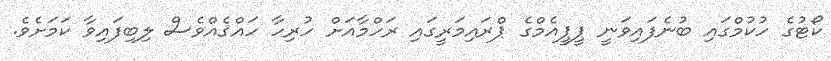
ކޯޓުގެ ހުކުމްގައި ބުނެފައިވަނީ ޕީޕީއެމްގެ ޕްރައިމަރީގައި ރަހްމާއަށް ހުރިހާ ހައްޤެއްވެސް ލިބިފައިވާ ކަމަށެވެ.